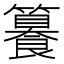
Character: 籑